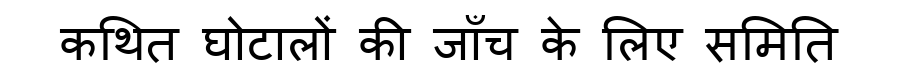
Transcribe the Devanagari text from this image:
कथित घोटालों की जाँच के लिए समिति